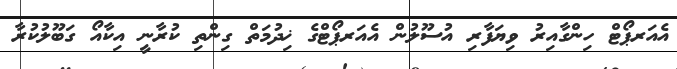
އެއަރޕޯޓް ހިންގާއިރު ވިޔަފާރި އުސޫލުން އެއަރޕޯޓްގެ ޚިދުމަތް ގިންތި ކުރާނީ އިކާއޯ ގަބޫލުކުރާ